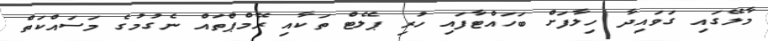
މާލޭގައި ގަވައިދާ ހިލާފަށް ބަހައްޓާފައި ހުރި ޕެލެޓް ތަކާއި ރޭމްޕްތައް ނެގުމުގެ މަސައްކަތް